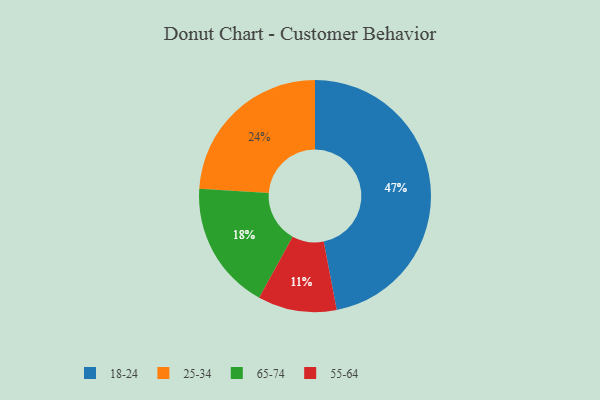
{"axis": {"x": "Category", "y": "Percentage"}, "legend": ["18-24", "25-34", "55-64", "65-74"], "data": [{"x": "65-74", "y": 18, "type": "65-74"}, {"x": "55-64", "y": 11, "type": "55-64"}, {"x": "18-24", "y": 47, "type": "18-24"}, {"x": "25-34", "y": 24, "type": "25-34"}]}